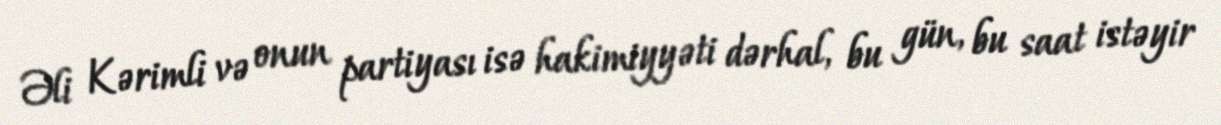
Əli Kərimli və onun partiyası isə hakimiyyəti dərhal, bu gün, bu saat istəyir